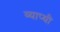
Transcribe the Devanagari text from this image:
व्याप्थी